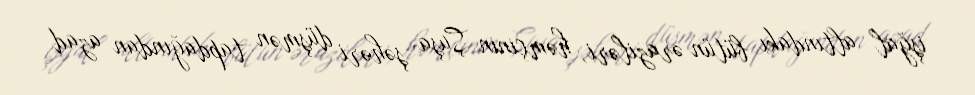
işğal altındakı bütün əraziləri, həmçinin Şuşa şəhəri düşmən tapdağından azad